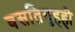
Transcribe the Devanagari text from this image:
वसतिगृहही